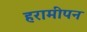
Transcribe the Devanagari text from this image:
हरामीपन